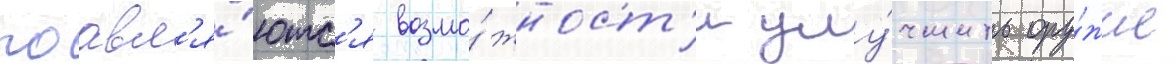
поавл'я́ютс'я возмо́жност'и улу́чшить ору́жие